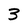
Character: 3